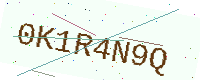
Text: 0K1R4N9Q